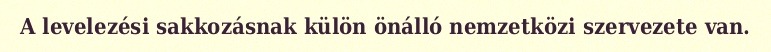
A levelezési sakkozásnak külön önálló nemzetközi szervezete van.